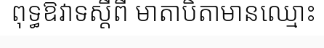
ពុទ្ធឱវាទស្តីពី មាតាបិតាមានឈ្មោះ